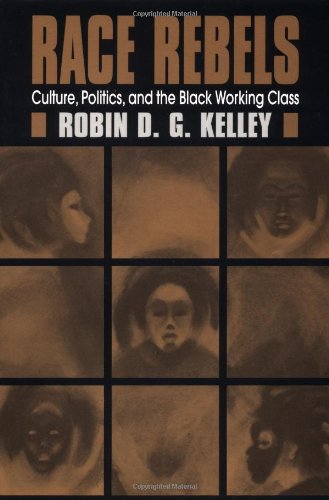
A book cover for Race Rebels : Culture, Politics, and the Black Working Class; Robin D. G. Kelley; Business & Money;